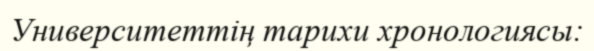
Университеттің тарихи хронологиясы: